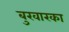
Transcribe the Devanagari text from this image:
बुखारका